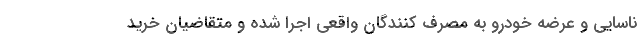
ناسايي و عرضه خودرو به مصرف كنندگان واقعي اجرا شده و متقاضيان خريد